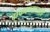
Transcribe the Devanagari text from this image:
वाफवण्यासाठी